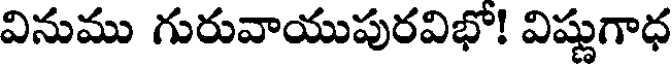
వినుము గురువాయుపురవిభో! విష్ణుగాధ